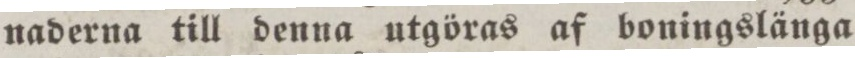
naderna till denna utgöras af boningslänga